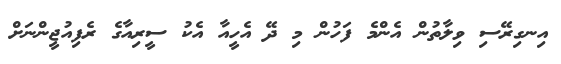
އިނގިރޭސި ވިލާތުން އެންމެ ފަހުން މި ދޭ އެހީއާ އެކު ސީރިއާގެ ރެފިއުޖީންނަށް